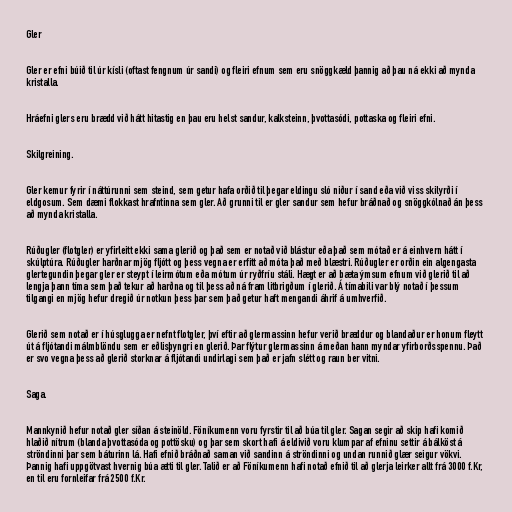
Gler

Gler er efni búið til úr kísli (oftast fengnum úr sandi) og fleiri efnum sem eru snöggkæld þannig að þau ná ekki að mynda
kristalla.

Hráefni glers eru brædd við hátt hitastig en þau eru helst sandur, kalksteinn, þvottasódi, pottaska og fleiri efni.

Skilgreining.

Gler kemur fyrir í náttúrunni sem steind, sem getur hafa orðið til þegar eldingu sló niður í sand eða við viss skilyrði í
eldgosum. Sem dæmi flokkast hrafntinna sem gler. Að grunni til er gler sandur sem hefur bráðnað og snöggkólnað án þess
að mynda kristalla.

Rúðugler (flotgler) er yfirleitt ekki sama glerið og það sem er notað við blástur eða það sem mótað er á einhvern hátt í
skúlptúra. Rúðugler harðnar mjög fljótt og þess vegna er erfitt að móta það með blæstri. Rúðugler er orðin ein algengasta
glertegundin þegar gler er steypt í leirmótum eða mótum úr ryðfríu stáli. Hægt er að bæta ýmsum efnum við glerið til að
lengja þann tíma sem það tekur að harðna og til þess að ná fram litbrigðum í glerið. Á tímabili var blý notað í þessum
tilgangi en mjög hefur dregið úr notkun þess þar sem það getur haft mengandi áhrif á umhverfið.

Glerið sem notað er í húsglugga er nefnt flotgler, því eftir að glermassinn hefur verið bræddur og blandaður er honum fleytt
út á fljótandi málmblöndu sem er eðlisþyngri en glerið. Þar flýtur glermassinn á meðan hann myndar yfirborðsspennu. Það
er svo vegna þess að glerið storknar á fljótandi undirlagi sem það er jafn slétt og raun ber vitni.

Saga.

Mannkynið hefur notað gler síðan á steinöld. Föníkumenn voru fyrstir til að búa til gler. Sagan segir að skip hafi komið
hlaðið nítrum (blanda þvottasóda og pottösku) og þar sem skort hafi á eldivið voru klumpar af efninu settir á bálköst á
ströndinni þar sem báturinn lá. Hafi efnið bráðnað saman við sandinn á ströndinni og undan runnið glær seigur vökvi.
Þannig hafi uppgötvast hvernig búa ætti til gler. Talið er að Föníkumenn hafi notað efnið til að glerja leirker allt frá 3000 f.Kr,
en til eru fornleifar frá 2500 f.Kr.